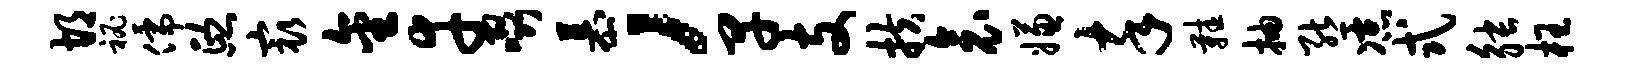
胡秘儒熙最金幸啜慕，早支扶衾嫌卒鞋抽熊凉式觖枉